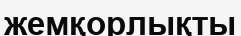
жемқорлықты